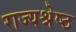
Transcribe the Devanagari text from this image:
राज्यश्रेष्ठ